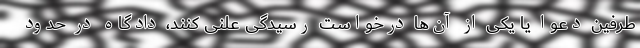
طرفین دعوا یا یکی از آن‌ها درخواست رسیدگی علنی کنند، دادگاه در حدود